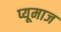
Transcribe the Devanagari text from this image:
प्यूमाज